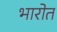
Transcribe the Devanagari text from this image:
भारोत